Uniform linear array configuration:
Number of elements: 64
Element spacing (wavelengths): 0.75
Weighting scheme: binomial
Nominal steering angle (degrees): -60
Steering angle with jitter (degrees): -60.7
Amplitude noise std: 0.05
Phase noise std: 0.05

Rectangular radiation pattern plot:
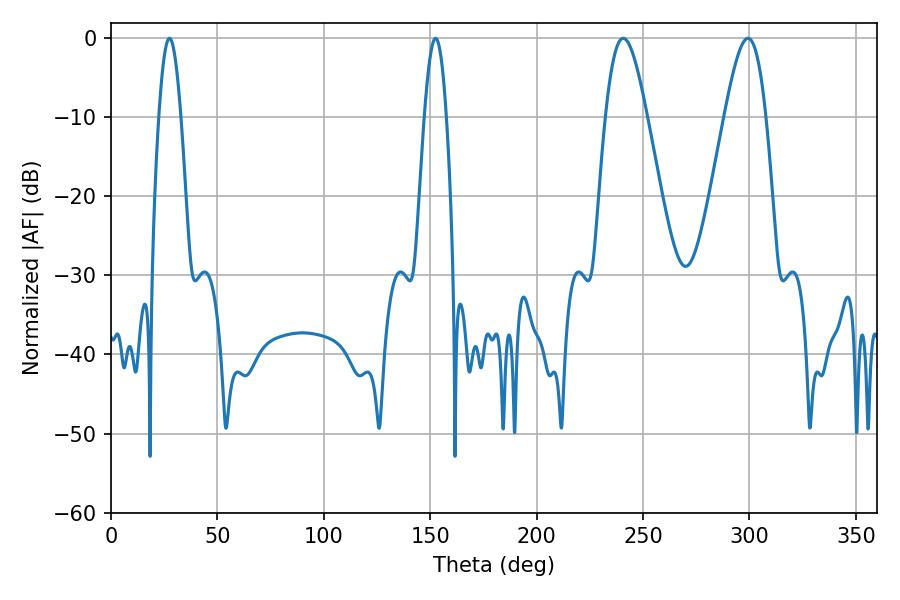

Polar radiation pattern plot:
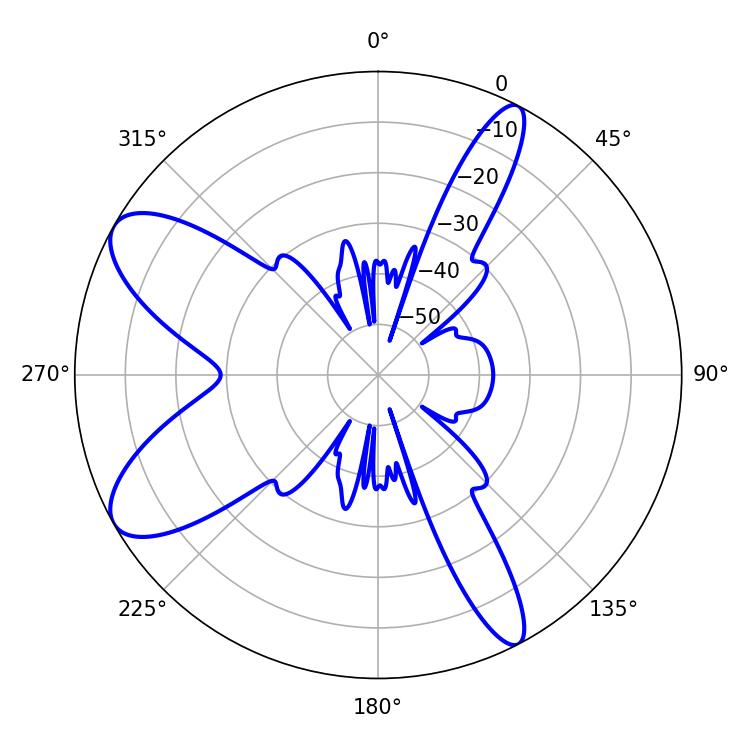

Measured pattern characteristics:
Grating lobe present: TRUE
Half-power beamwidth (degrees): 10.26
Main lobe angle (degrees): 240.66